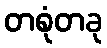
တစုံတခု